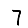
Digit: 7